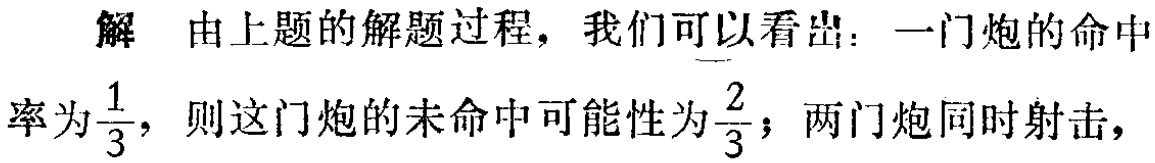
解 由上题的解题过程，我们可以看出：一门炮的命中率为$\frac{1}{3}$，则这门炮的未命中可能性为$\frac{2}{3}$；两门炮同时射击，